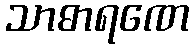
သာဓာရဏေ